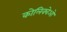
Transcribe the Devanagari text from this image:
कोलिक्वेओ